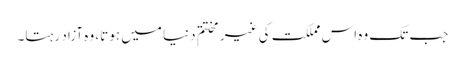
جب تک وہ اس مملکت کی غیر مختتم دنیا میں ہوتا، وہ آزاد رہتا۔